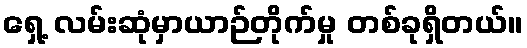
ရှေ့ လမ်းဆုံမှာယာဉ်တိုက်မှု တစ်ခုရှိတယ်။